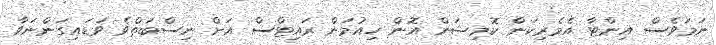
ނަމަވެސް އިންޓާ އެމެރިކަން ކޮމިޝަން އޮން ހިއުމަން ރައިޓްސް އަށް ނިސްބަތްވެ ވަޑައިގަންނަވާ